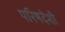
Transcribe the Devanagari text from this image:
परिषदेशी